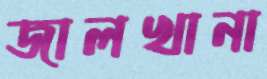
জালখানা